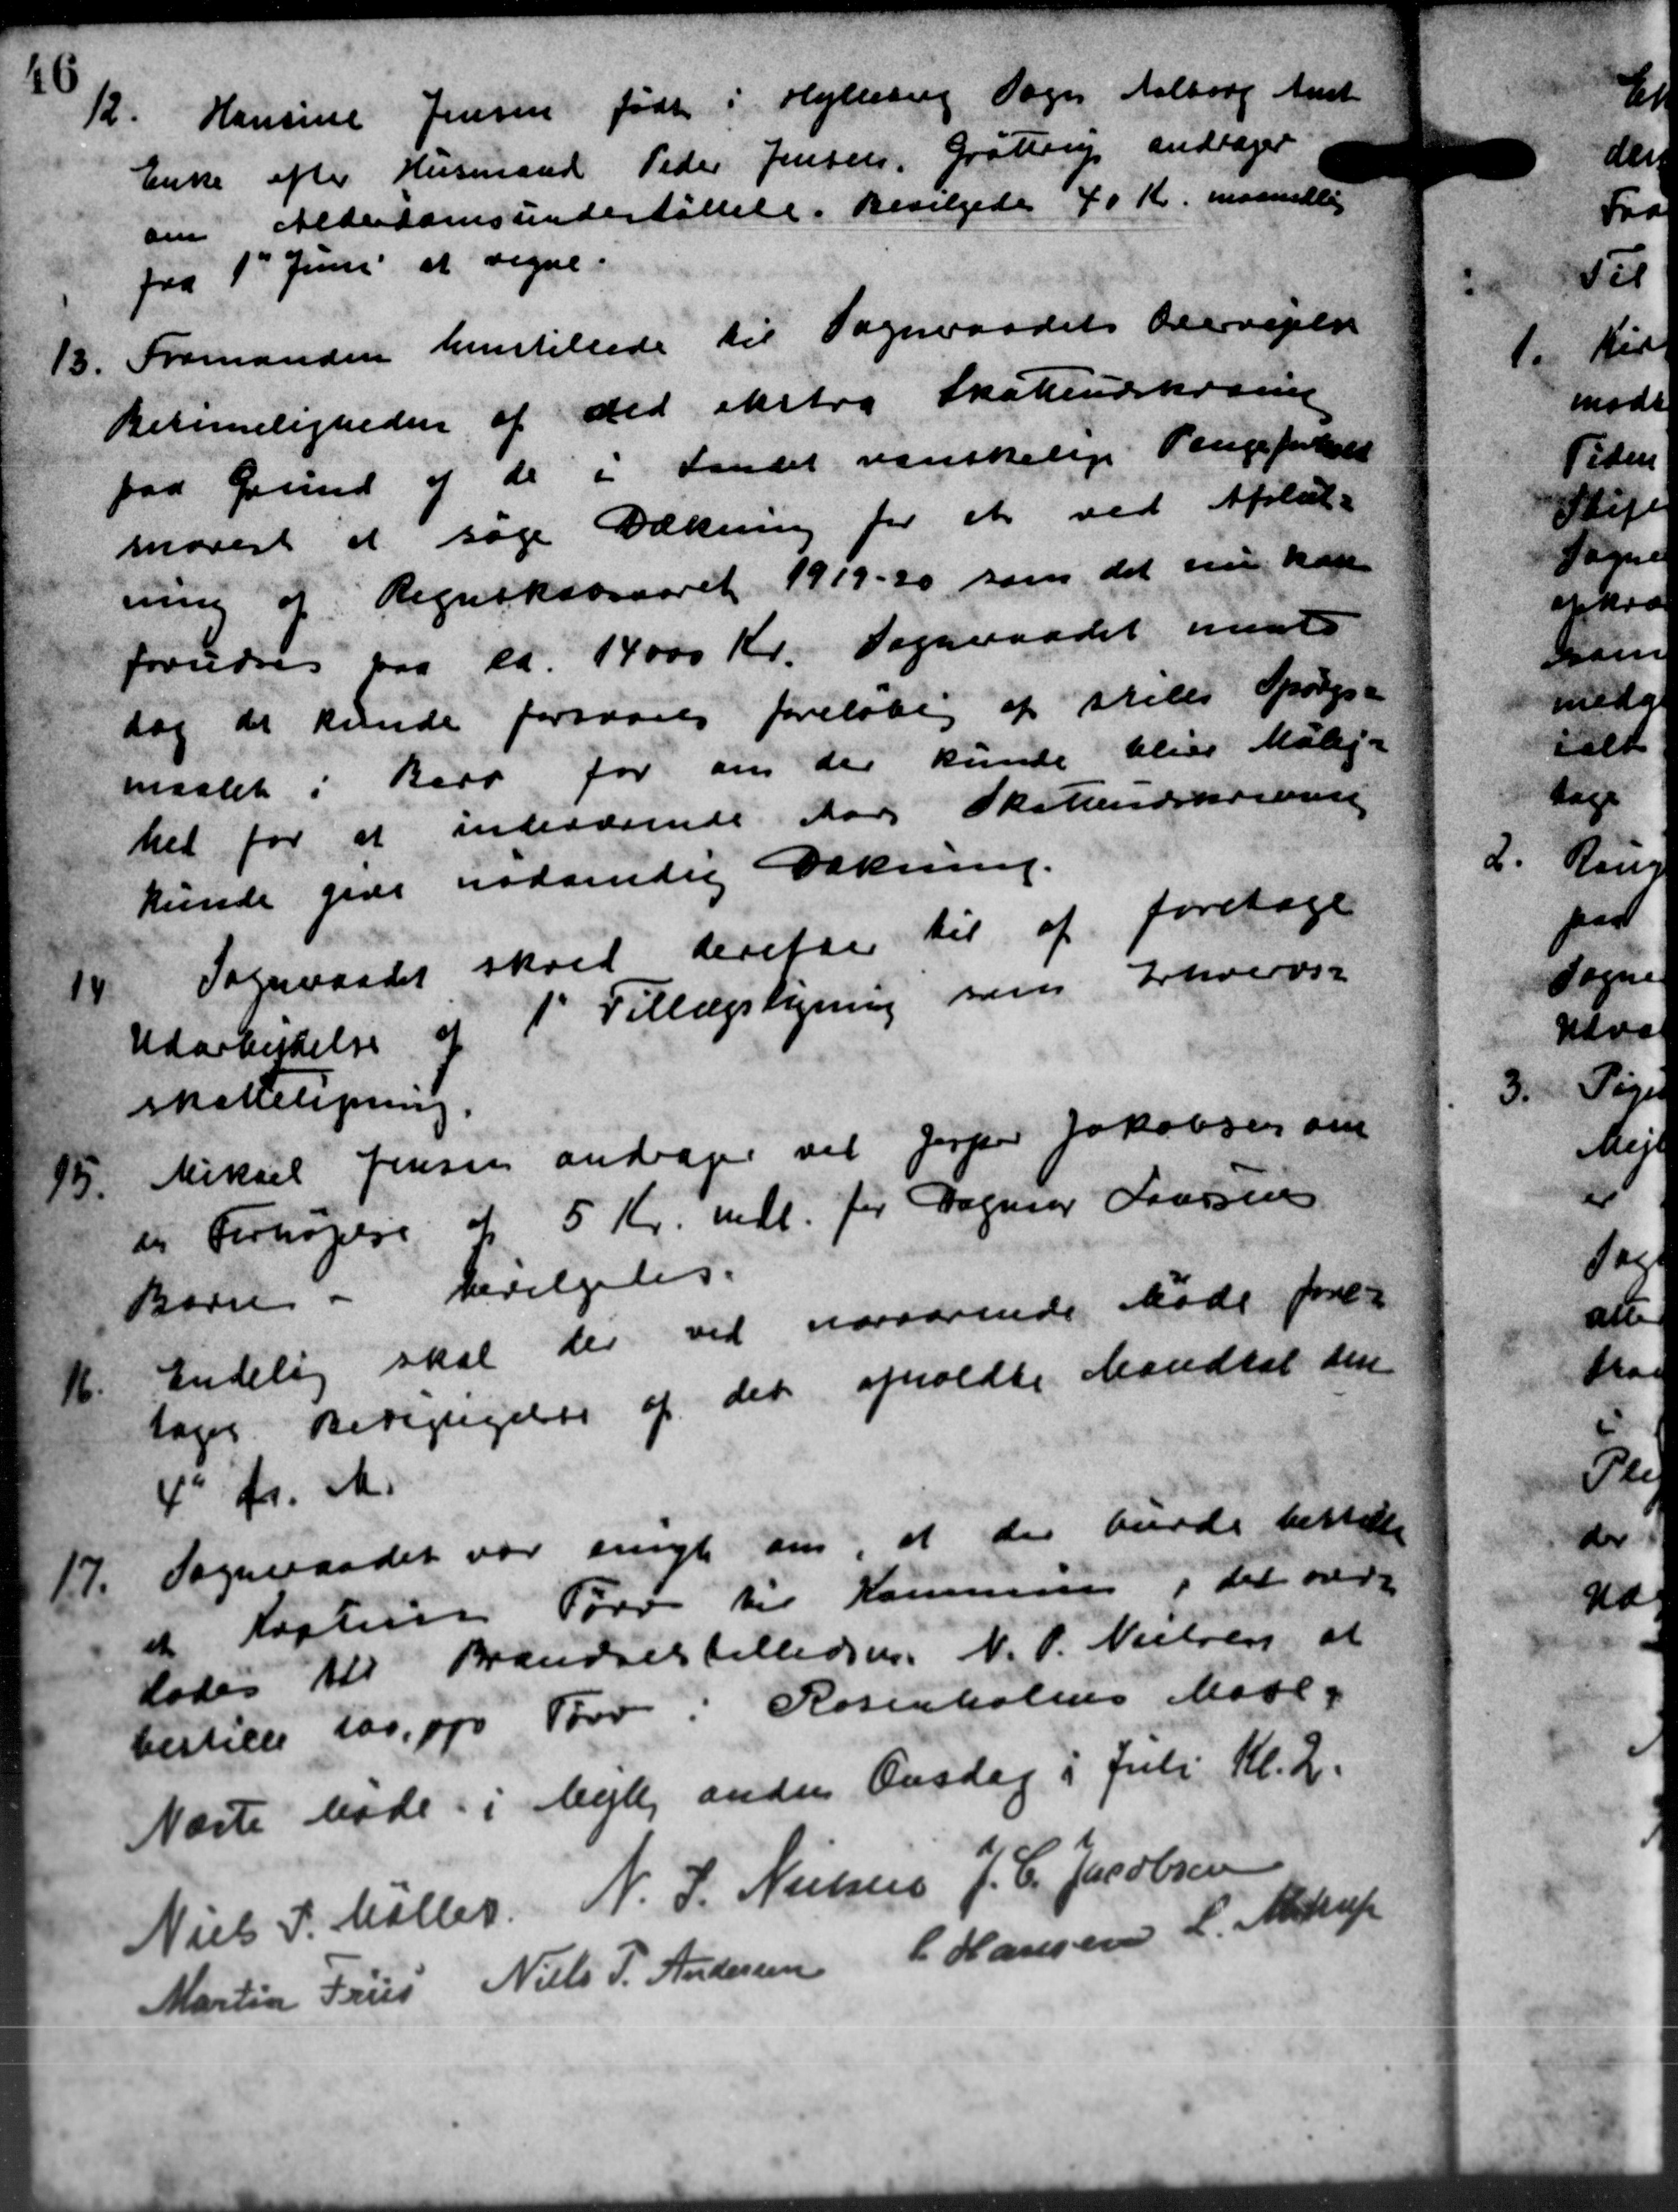
Transskription:
12.
Hansine Jensen født i Hyllering Sogn Aalborg Amst
Enke efter Husmand Peder Jensen, Grøttrup andrager
om Alderdomsunderstøttelse. Bevilgedes 40 Kr. maanedlig
fra 1' Juni at regne.
13. Formanden henstillede til Sogneraadets Overvejelse
13. Formanden henstillede til Sogneraadets Overvejelse
Betimeligheden af det ekstra Skatteudskomme
paa Grund af de i Landet vanskelige Pengeforhold
marest at søge Dækning for et ved Afstat-
ning af Regnskabsaaret 1919-20 som det nu kan
forudres paa ca. 14000 Kr. Sogneraadet medt
dog der kunde forsvares foreløbig at stille Spørgs-
maalet i Bero for om der kunde blive Mølej-
het for at indeværende Aars Skoleindskomme
kunde give nødvendig Dækning.
14.
Sogneraadet skred derefter til at foretage
Udarbejdelse af 1' Tillægsligning som Erhvervs-
skatteligning.
15.
Mikael Jensen andrager vil Jesper Jakobsen om
til Forhøjelse af 5 Kr. mdl. for Dagning Laursen
Barn - bevilgedes.
16.
Endelig skal der ved nærværende Møde fore-
tages. Berigtigelse af det afholdte Mandtal den
4' f. M.
17.
Sogneraadet var enigt om at der burde beste
at Kasterne Tørv til Kommunes i det over
lodes til Brændselstilledsen. N. P. Nielsen at
bestille 100, og Tørv i Rosenholms Maal
Næste Møde i Vejle anden Onsdag i Juli Kl. 2.
Niels P. Møller N. J. Nielsen J. C. Jacobsen
Martin Frus Niels P. Andersen L. Hansen L. Alstrup